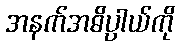
အနက်အဓိပ္ပာယ်ကို